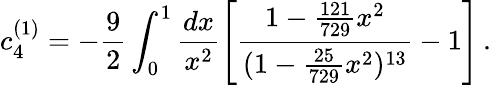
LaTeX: c_{4}^{(1)}=-\frac{9}{2}\int_{0}^{1}\frac{dx}{x^{2}}\left[\frac{1-\frac{121}{729}x^{2}}{(1-\frac{25}{729}x^{2})^{13}}-1\right]\, .